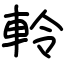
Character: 軨